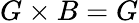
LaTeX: G\times B=G